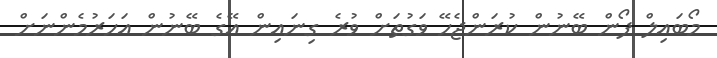
މޯބައިލް ފޯން ބޭނުން ކުރަންޖެހޭ ވަގުތަށް ވުރެ ގިނައިން އޭގެ ބޭނުން އަހަރުމެންނަށް